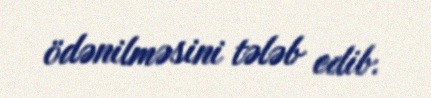
ödənilməsini tələb edib.